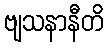
ဗျသနာနီတိ